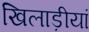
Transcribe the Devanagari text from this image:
खिलाड़ीयां